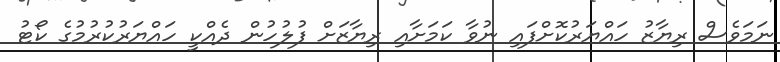
ނަމަވެސް ރިޔާޒު ހައްޔަރުކޮށްފައި ނުވާ ކަމަށާއި ރިޔާޒަށް ފުލުހުން ދެއްކީ ހައްޔަރުކުރުމުގެ ކޯޓު